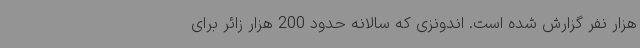
هزار نفر گزارش شده است. اندونزی که سالانه حدود 200 هزار زائر برای